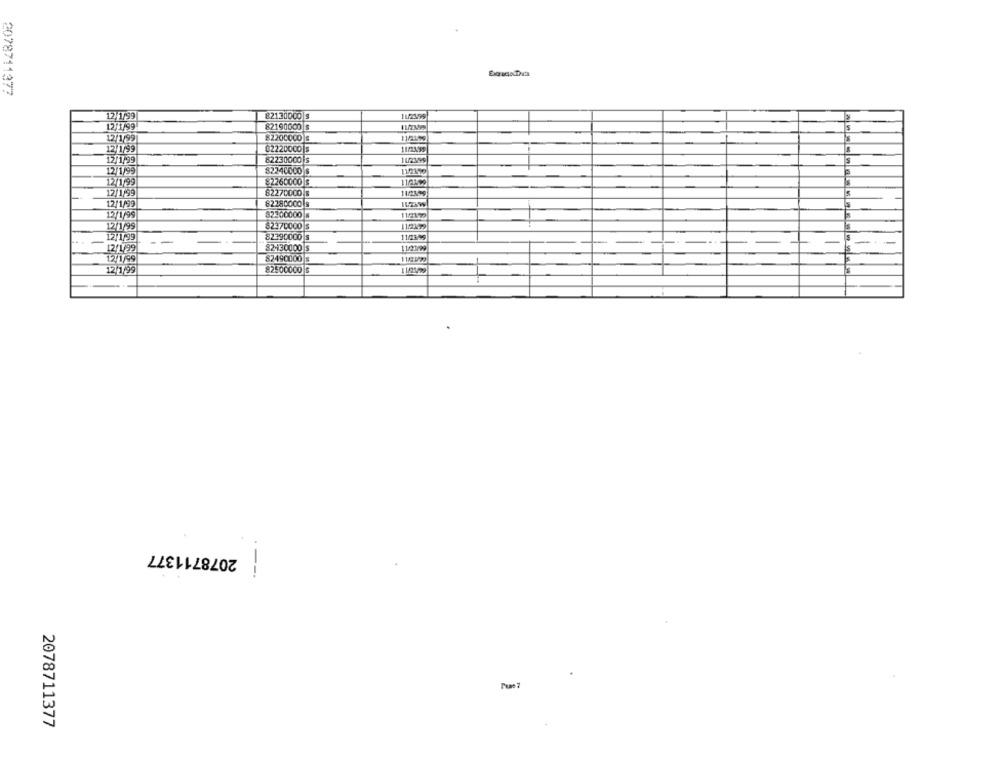
Exgracia Data
2078711377
12,1/99
82130000 $
12/1/99
82190000 $
82200000 $
11/2159
12/199
12/1/99
82220000
11/2495
12/1/99
82230000
12/1/99
82240000 S
112195
12/1/99
82260000 $
112120
12/1/99
82270000 8
11/2395
12/1/99
82280000
82200000
12/1/95
11/2170
12/1/99
$2370000 S
112179
12:1799
82390000 S
11/23/95
1211/99
82-130000 S
11/21/99
12/1/99
82490000
12 1/99
82500000 $
11/21/29
i 2078711377
Page ?
2078711377